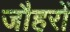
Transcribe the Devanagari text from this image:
जौहरों